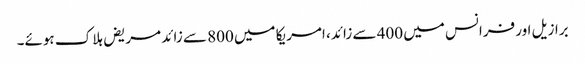
برازیل اور فرانس میں 400 سے زائد، امریکا میں 800 سے زائد مریض ہلاک ہوئے۔